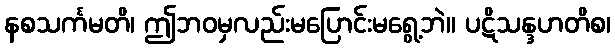
နစသင်္ကမတိ၊ ဤဘဝမှလည်းမပြောင်းမရွေ့ဘဲ။ ပဋိသန္ဒဟတိစ၊